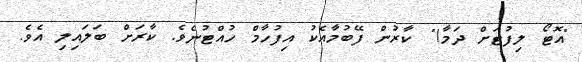
"އޮޓޯ ލިފުޓަށް ދަމާ!" ކާރުން ފޭބުމާއެކު އިފުހާމް ހުއްޓުނެވެ. ކާރަށް ބަލައިލި އެވެ.